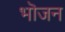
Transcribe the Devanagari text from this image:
भॊजन